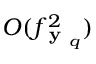
O ( f _ { \textbf { y } _ { q } } ^ { 2 } )